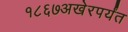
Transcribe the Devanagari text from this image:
१८६७अखेरपर्यंत